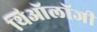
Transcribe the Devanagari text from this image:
थिऑलॉजी